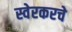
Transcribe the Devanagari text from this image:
स्वेरकरचे